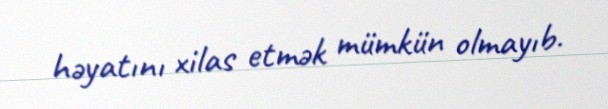
həyatını xilas etmək mümkün olmayıb.